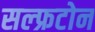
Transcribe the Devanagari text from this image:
सल्फ्रटोन